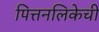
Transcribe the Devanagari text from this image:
पित्तनलिकेची